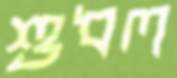
শুধল